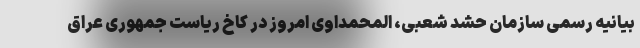
بیانیه رسمی سازمان حشد شعبی، المحمداوی امروز در کاخ ریاست جمهوری عراق